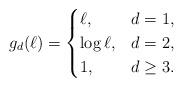
\begin{align*}g_d (\ell) = \begin{cases}\ell, &d=1,\\\log \ell, &d=2,\\1, &d \geq 3.\end{cases}\end{align*}